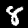
Digit: 8